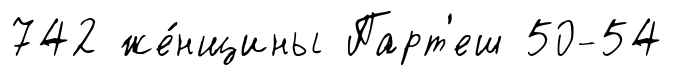
742 же́нщины Парт'еш 50-54